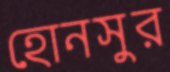
হোনসুর